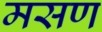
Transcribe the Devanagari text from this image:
मसण